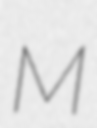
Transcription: M